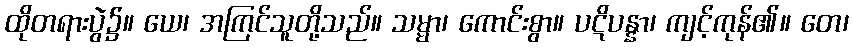
ထိုတရားပွဲ၌။ ယေ၊ အကြင်သူတို့သည်။ သမ္မာ၊ ကောင်းစွာ။ ပဋိပန္နာ၊ ကျင့်ကုန်၏။ တေ၊